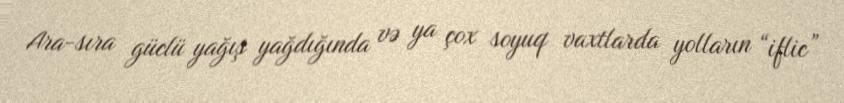
Ara-sıra güclü yağış yağdığında və ya çox soyuq vaxtlarda yolların “iflic”